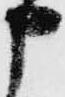
申